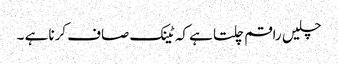
چلیں راقم چلتا ہے کہ ٹینک صاف کرنا ہے ۔